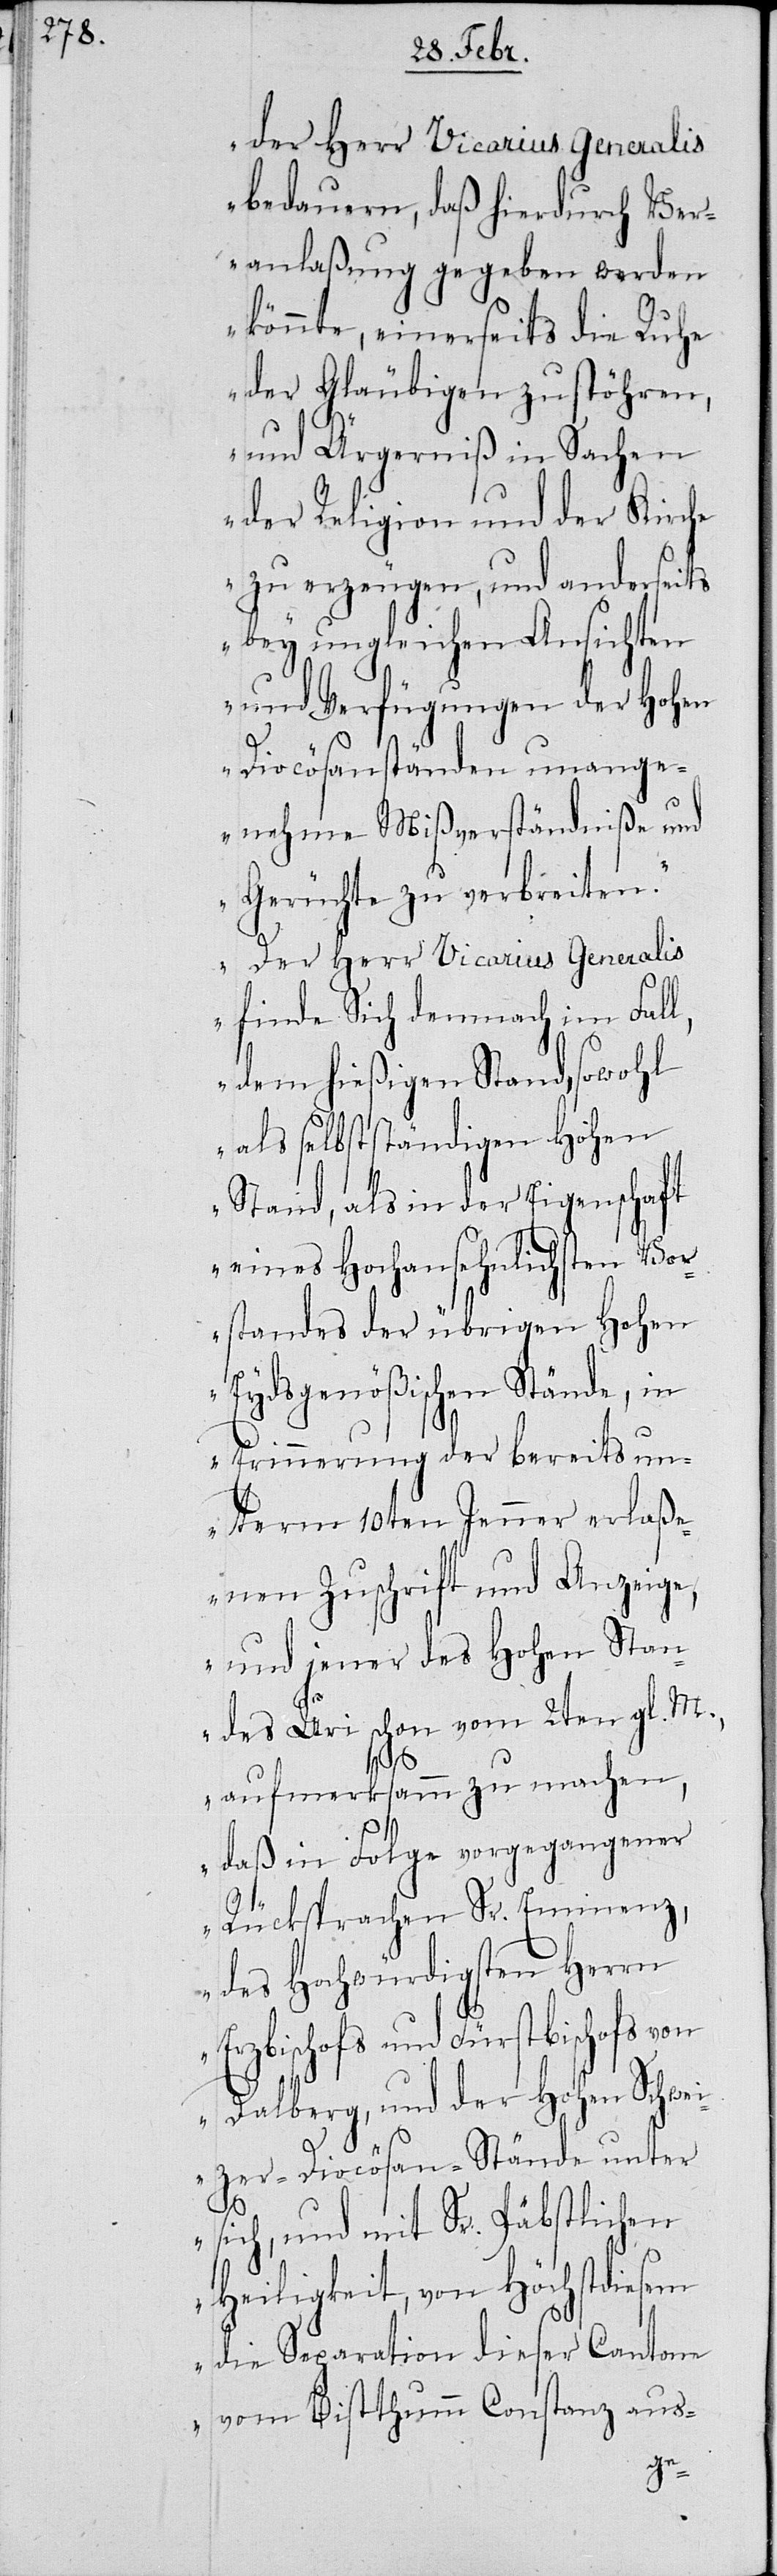
der Herr Vicarius Generalis
bedauern, daß hierdurch Ver¬
anlaßung gegeben werden
könnte, einerseits die Ruhe
der Gläubigen zu stöhren,
und Ärgerniß in Sachen
der Religion und der Kirche
zu erzeugen, und andererseits
bey ungleichen Ansichten
und Verfügungen der Hohen
Diocösanständen unange¬
nehme Mißverständniße und
Gerüchte zu verbreiten.
Der Herr Vicarius Generalis
finde Sich demnach im Fall,
dem hießigen Stand, sowohl
als selbstständigen Hohen
Stand, als in der Eigenschaft
eines Hochansehnlichsten Vo¬
rstandes der übrigen Hohen
Eydsgenößischen Stände, in
Erinnerung der bereits un¬
term 10ten Jenner erlaß¬
enen Zuschrift und Anzeige,
und jener des Hohen Stan¬
des Uri schon vom 2ten gl. M.
aufmerksamm zu machen,
daß in Folge vorgegangener
Rücksprache Sr. Eminenz,
des Hochwürdigsten Herrn
Erzbischofs und Fürstbischofs von
Dalberg, und der Hohen Schwei¬
zer-Diocösan-Stände unter
sich, und mit Sr. Päbstlichen
Heiligkeit, von Höchstdiesem
die Separation dieser Cantone
vom Bistthumm Constanz aus-